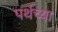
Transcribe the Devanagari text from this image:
पर्थच्या